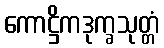
ကောဋ္ဌိကဒုက္ခသုတ္တံ